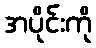
အပိုင်းကို